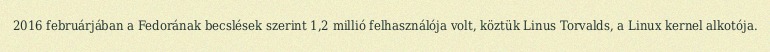
2016 februárjában a Fedorának becslések szerint 1,2 millió felhasználója volt, köztük Linus Torvalds, a Linux kernel alkotója.